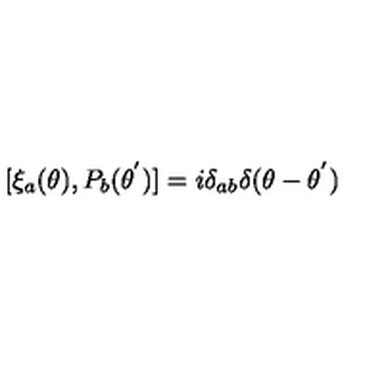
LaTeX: [ { \xi } _ { a } ( \theta ) , P _ { b } ( { \theta } ^ { ' } ) ] = i { \delta } _ { a b } { \delta } ( \theta - { \theta } ^ { ' } )